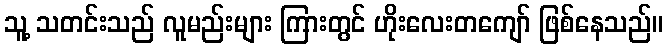
သူ့ သတင်းသည် လူမည်းများ ကြားတွင် ဟိုးလေးတကျော် ဖြစ်နေသည်။